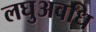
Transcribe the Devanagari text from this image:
लघुअवधि